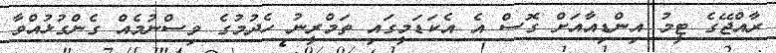
ރާއްޖޭގެ ޓީމު އިންޑިއާއަށް ގޮސް އެ އެކަޑަމީގައި ތަމްރީނު ހެދުމުގެ ވިސްނުމެއް ގެންގުޅުއްވާ